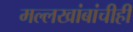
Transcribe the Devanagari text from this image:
मल्लखांबांचीही